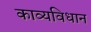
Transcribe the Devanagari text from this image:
काव्यविधान